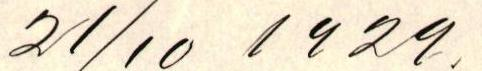
21/10 1929.